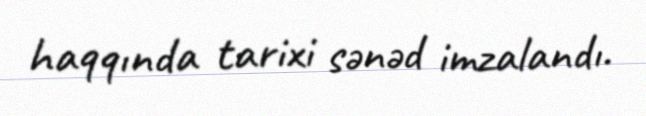
haqqında tarixi sənəd imzalandı.